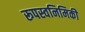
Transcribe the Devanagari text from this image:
रूपस्वनिमिकी